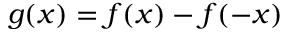
g ( x ) = f ( x ) - f ( - x )